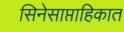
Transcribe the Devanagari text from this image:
सिनेसाप्ताहिकात